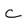
Character: C